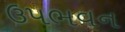
ઉપભવન